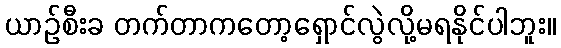
ယာဉ်စီးခ တက်တာကတော့ရှောင်လွဲလို့မရနိုင်ပါဘူး။